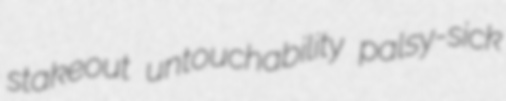
stakeout untouchability palsy-sick